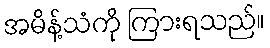
အမိန့်သံကို ကြားရသည်။